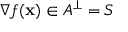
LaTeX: \nabla f ( \mathbf { x } ) \in A ^ { \perp } = S